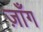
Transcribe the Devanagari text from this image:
ज़ाँग